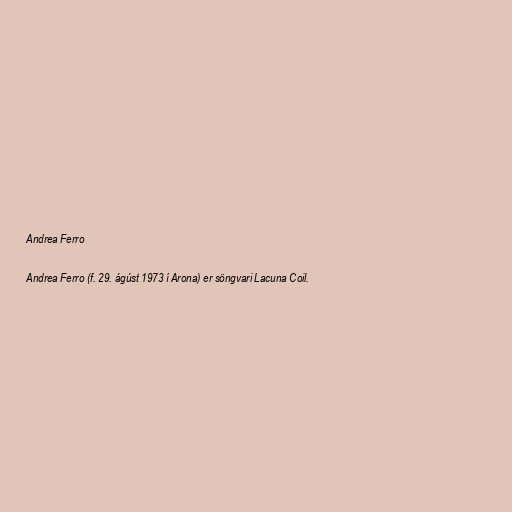
Andrea Ferro

Andrea Ferro (f. 29. ágúst 1973 í Arona) er söngvari Lacuna Coil.